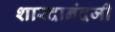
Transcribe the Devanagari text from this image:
शारदानंदजी